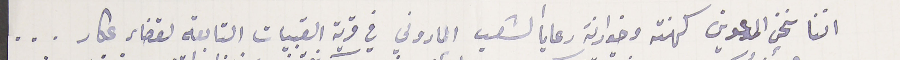
اننا نحن المدعوين كهنة وخوارنة رعايا الشعب الماروني في قرية القبيات التابعة لقضاء عكار...